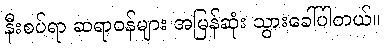
နီးစပ်ရာ ဆရာဝန်များ အမြန်ဆုံး သွားခေါ်ပါတယ်။